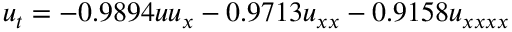
u _ { t } = - 0 . 9 8 9 4 u u _ { x } - 0 . 9 7 1 3 u _ { x x } - 0 . 9 1 5 8 u _ { x x x x }